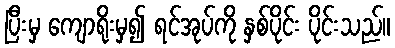
ပြီးမှ ကျောရိုးမှ၍ ရင်အုပ်ကို နှစ်ပိုင်း ပိုင်းသည်။